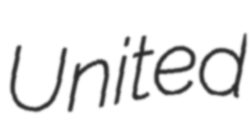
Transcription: United